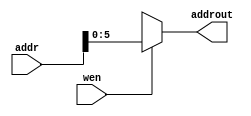
`timescale 1ns / 1ps
//////////////////////////////////////////////////////////////////////////////////
// Company: 
// Engineer: 
// 
// Design Name: 
// Module Name: wmemsplitter
// Project Name: 
// Target Devices: 
// Tool Versions: 
// Description: 
// 
// Dependencies: 
// 
// Revision:
// Revision 0.01 - File Created
// Additional Comments:
// 
//////////////////////////////////////////////////////////////////////////////////


module wmemsplitter(input wen, input[63:0]addr, output reg [5:0]addrout);
    
    always @*
    begin
        if (wen)
        begin
            addrout[5:0] = addr[5:0];
        end else begin
            addrout[5:0] = 6'bxxxxxx;
        end
    end
endmodule